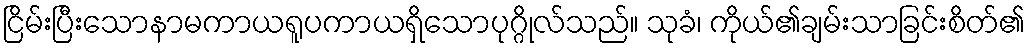
ငြိမ်းပြီးသောနာမကာယရူပကာယရှိသောပုဂ္ဂိုလ်သည်။ သုခံ၊ ကိုယ်၏ချမ်းသာခြင်းစိတ်၏